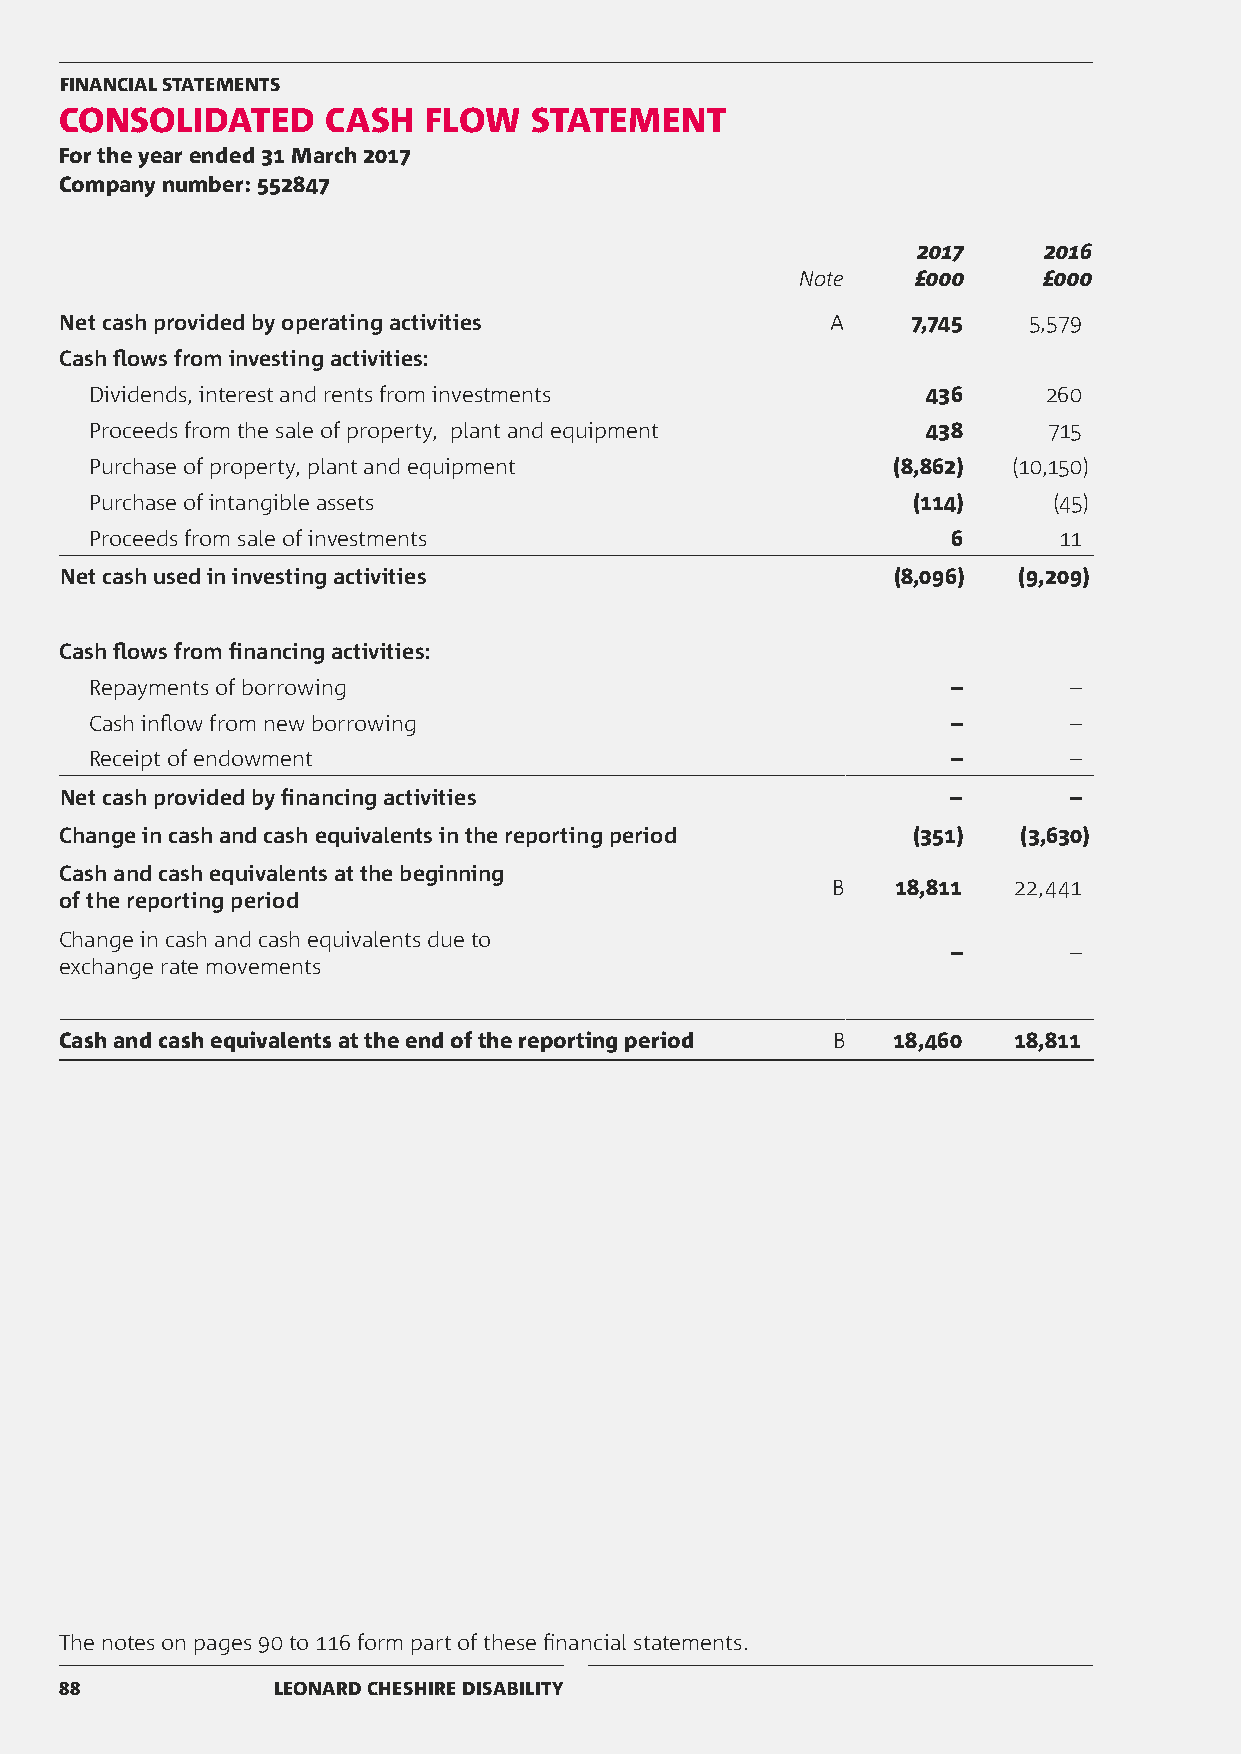
FINANCIAL STATEMENTS
 CONSOLIDATED     CASH   FLOW   STATEMENT
 For the year ended 31 March 2017
 Company number: 552847
 2017    2016
 Note    £000    £000
 Net cash provided by operating activities          A    7,745   5,579
 Cash flows from investing activities:
 Dividends, interest and rents from investments         436     260
 Proceeds from the sale of property, plant and equipment 438    715
 Purchase of property, plant and equipment            (8,862) (10,150)
 Purchase of intangible assets                         (114)     (45)
 Proceeds from sale of investments                        6      11
 Net cash used in investing activities                  (8,096) (9,209)
 Cash flows from financing activities:
 Repayments of borrowing                                  –       –
 Cash inflow from new borrowing                           –       –
 Receipt of endowment                                     –       –
 Net cash provided by financing activities                  –       –
 Change in cash and cash equivalents in the reporting period (351) (3,630)
 Cash and cash equivalents at the beginning
 B   18,811  22,441
 of the reporting period
 Change in cash and cash equivalents due to
 –       –
 exchange rate movements
 Cash and cash equivalents at the end of the reporting period B 18,460 18,811
 The notes on pages 90 to 116 form part of these financial statements.
 88            LEONARD CHESHIRE DISABILITY